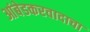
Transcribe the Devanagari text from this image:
आंबेडकरवादाचा